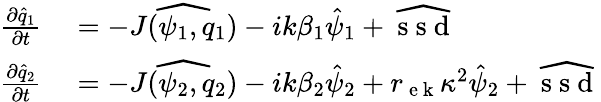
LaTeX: \begin{array}{rl}{\frac{\partial{}\hat{q}_{1}}{\partial{}t}}&{{}=-\widehat{J(\psi_{1},q_{1})}-ik\beta_{1}\hat{\psi}_{1}+\widehat{\mathrm{~s~s~d~}}}\\ {\frac{\partial{}\hat{q}_{2}}{\partial{}t}}&{{}=-\widehat{J(\psi_{2},q_{2})}-ik\beta_{2}\hat{\psi}_{2}+r_{\mathrm{~e~k~}}\kappa^{2}\hat{\psi}_{2}+\widehat{\mathrm{~s~s~d~}}}\end{array}